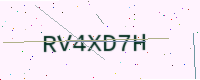
Text: RV4XD7H